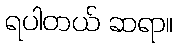
ရပါတယ် ဆရာ။